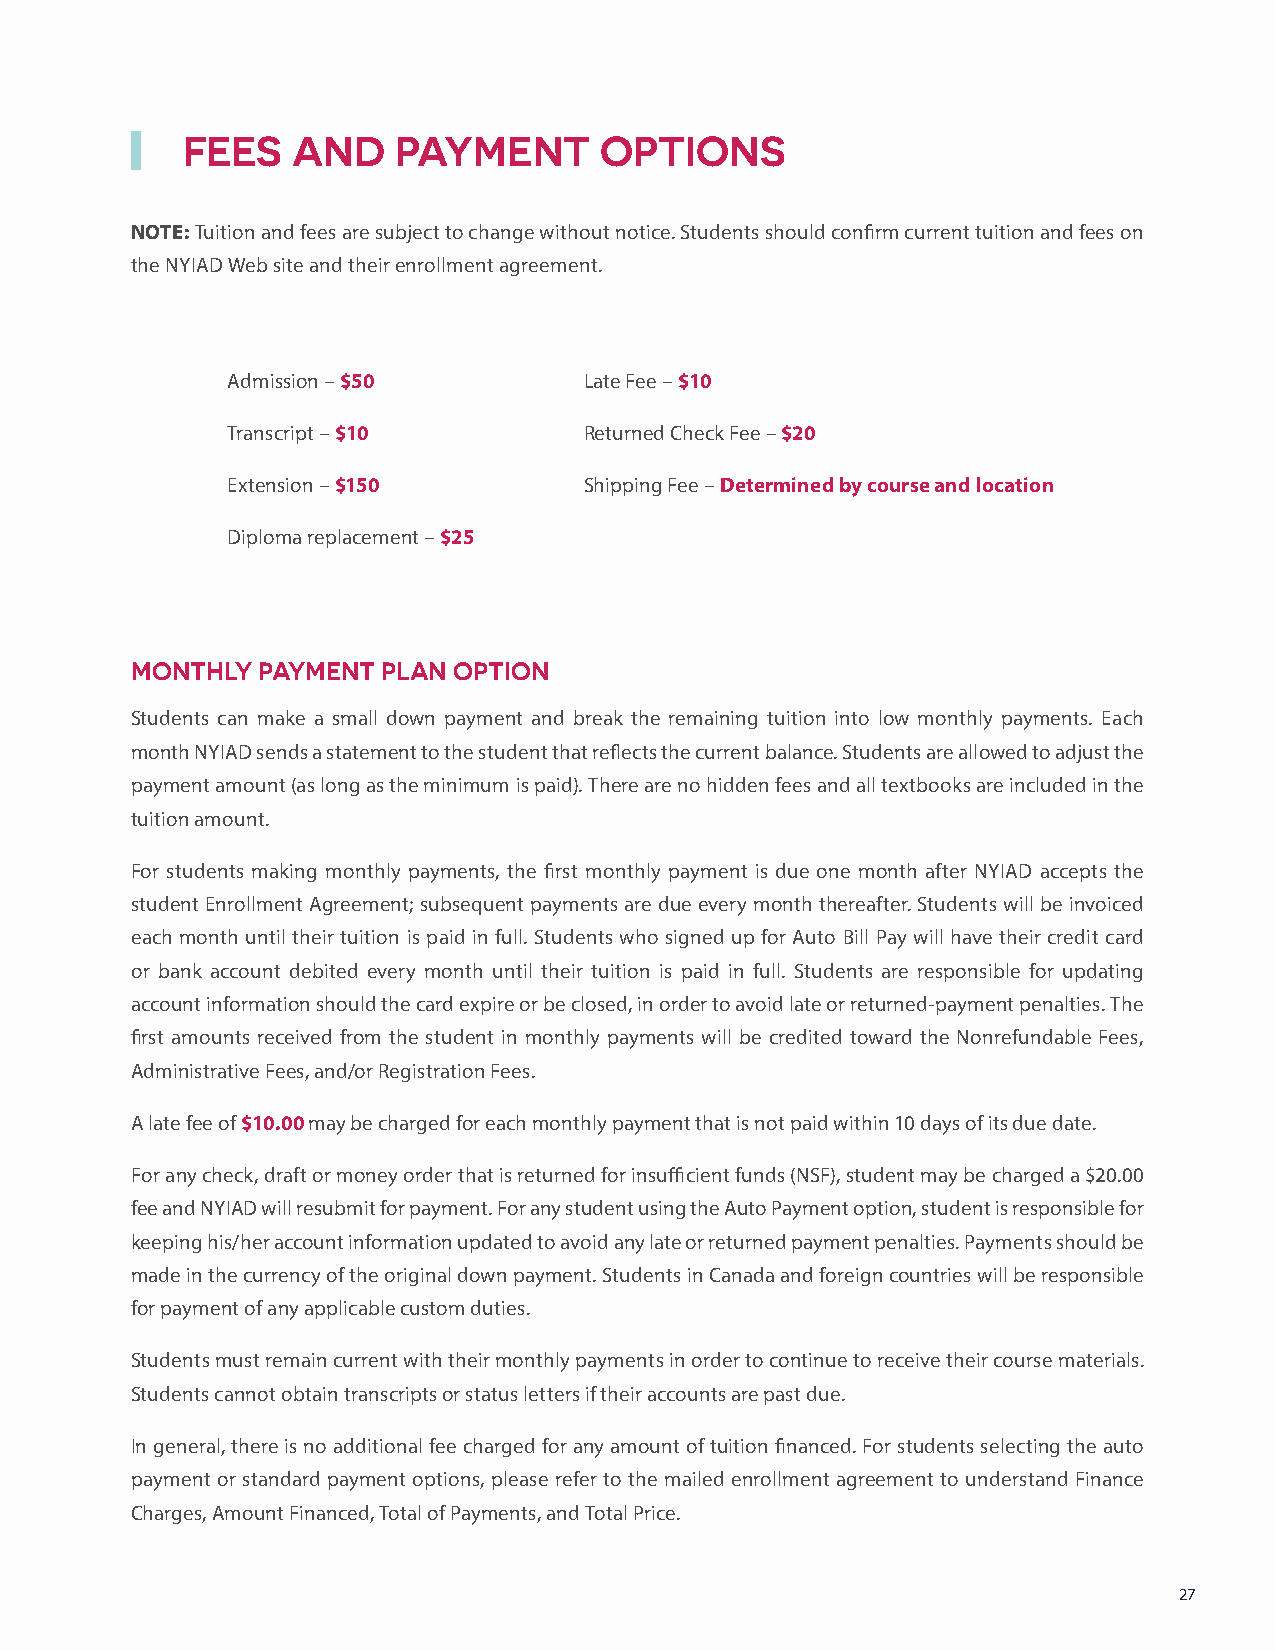
FEES   AND    PAYMENT       OPTIONS
 NOTE: Tuition and fees are subject to change without notice. Students should confirm current tuition and fees on
 the NYIAD Web site and their enrollment agreement.
 Admission – $50         Late Fee – $10
 Transcript – $10        Returned Check Fee – $20
 Extension – $150        Shipping Fee – Determined by course and location
 Diploma replacement – $25
 MONTHLY PAYMENT PLAN OPTION
 Students can make a small down payment and break the remaining tuition into low monthly payments. Each
 month NYIAD sends a statement to the student that reflects the current balance. Students are allowed to adjust the
 payment amount (as long as the minimum is paid). There are no hidden fees and all textbooks are included in the
 tuition amount.
 For students making monthly payments, the first monthly payment is due one month after NYIAD accepts the
 student Enrollment Agreement; subsequent payments are due every month thereafter. Students will be invoiced
 each month until their tuition is paid in full. Students who signed up for Auto Bill Pay will have their credit card
 or bank account debited every month until their tuition is paid in full. Students are responsible for updating
 account information should the card expire or be closed, in order to avoid late or returned-payment penalties. The
 first amounts received from the student in monthly payments will be credited toward the Nonrefundable Fees,
 Administrative Fees, and/or Registration Fees.
 A late fee of $10.00 may be charged for each monthly payment that is not paid within 10 days of its due date.
 For any check, draft or money order that is returned for insufficient funds (NSF), student may be charged a $20.00
 fee and NYIAD will resubmit for payment. For any student using the Auto Payment option, student is responsible for
 keeping his/her account information updated to avoid any late or returned payment penalties. Payments should be
 made in the currency of the original down payment. Students in Canada and foreign countries will be responsible
 for payment of any applicable custom duties.
 Students must remain current with their monthly payments in order to continue to receive their course materials.
 Students cannot obtain transcripts or status letters if their accounts are past due.
 In general, there is no additional fee charged for any amount of tuition financed. For students selecting the auto
 payment or standard payment options, please refer to the mailed enrollment agreement to understand Finance
 Charges, Amount Financed, Total of Payments, and Total Price.
 27